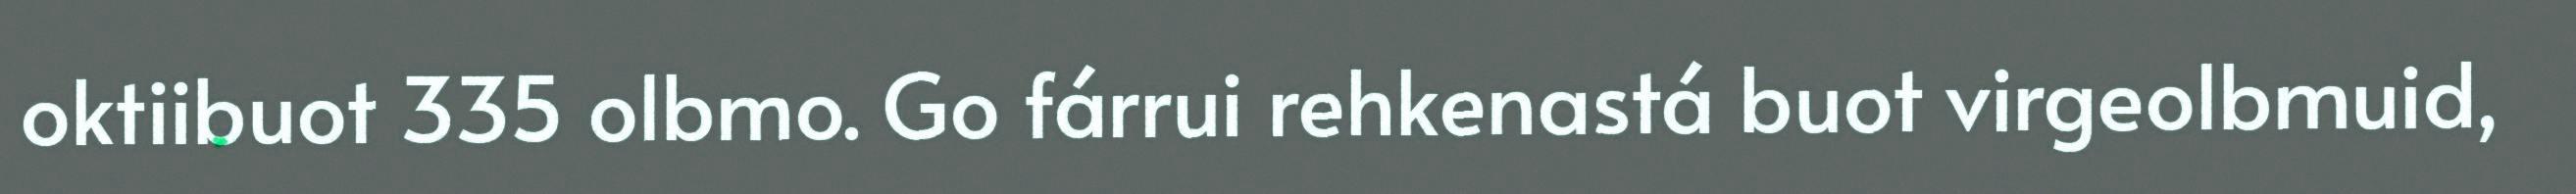
oktiibuot 335 olbmo. Go fárrui rehkenastá buot virgeolbmuid,